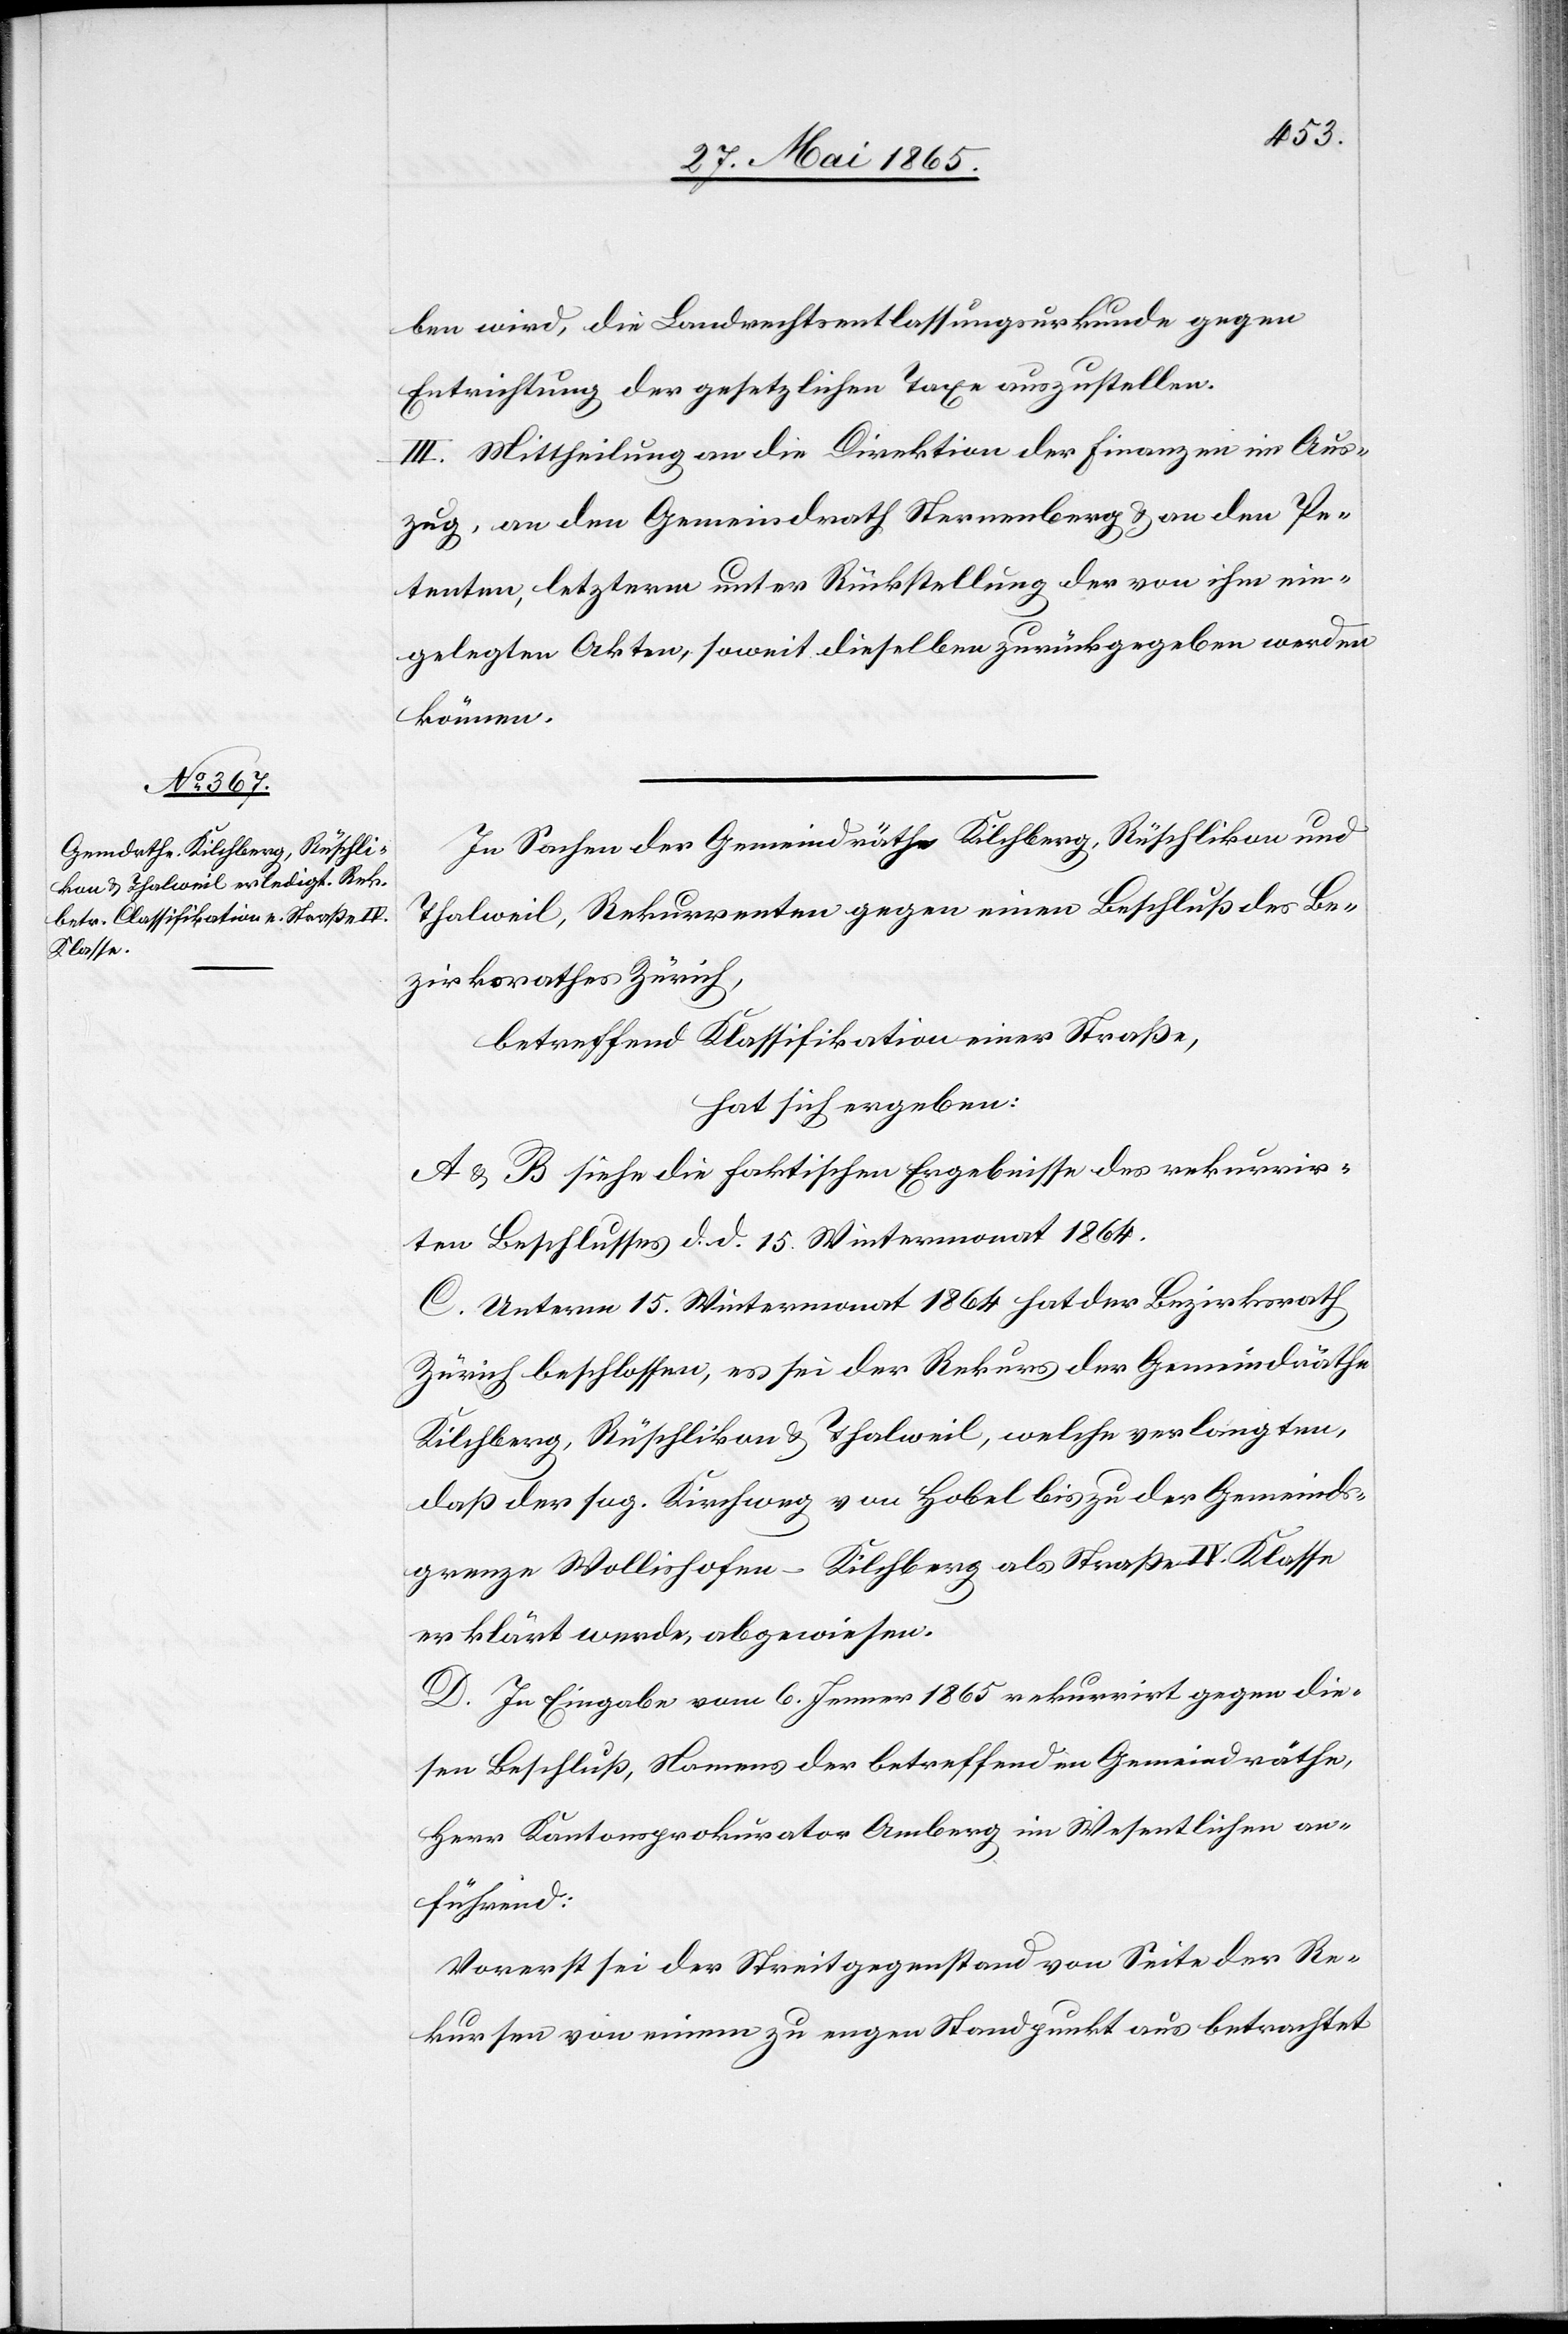
ben wird, die Landrechtsentlassungsurkunde gegen
Entrichtung der gesetzlichen Taxe auszustellen.
III. Mittheilung an die Direktion der Finanzen im Aus¬
zug, an den Gemeindrath Sternenberg & an den Pe¬
tenten, letzterm unter Rückstellung der von ihm ein¬
gelegten Akten, soweit dieselben zurückgegeben werden
können.
In Sachen der Gemeindräthe Kilchberg, Rüschlikon und
Thalweil, Rekurrenten gegen einen Beschluß des Be¬
zirksrathes Zürich,
betreffend Klassifikation einer Straße,
hat sich ergeben:
A & B siehe die faktischen Ergebnisse des rekurrir¬
ten Beschlusses d. d. 15. Wintermonat 1864.
C. Unterm 15. Wintermonat 1864 hat der Bezirksrath
Zürich beschlossen, es sei der Rekurs der Gemeindräthe
Kilchberg, Rüschlikon & Thalweil, welche verlangten,
daß der sog. Kirchweg von Hobel bis zu der Gemeinds¬
grenze Wollishofen–Kilchberg als Straße IV. Klasse
erklärt werde, abgewiesen.
D. In Eingabe vom 6. Jenner 1865 rekurrirt gegen die¬
sen Beschluß, Namens der betreffenden Gemeindräthe,
Herr Kantonsprokurator Amberg im Wesentlichen an¬
führend:
Vorerst sei der Streitgegenstand von Seite der Re¬
kursen von einem zu engen Standpunkt aus betrachtet